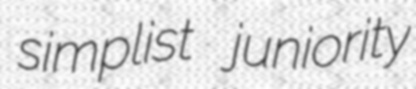
simplist juniority